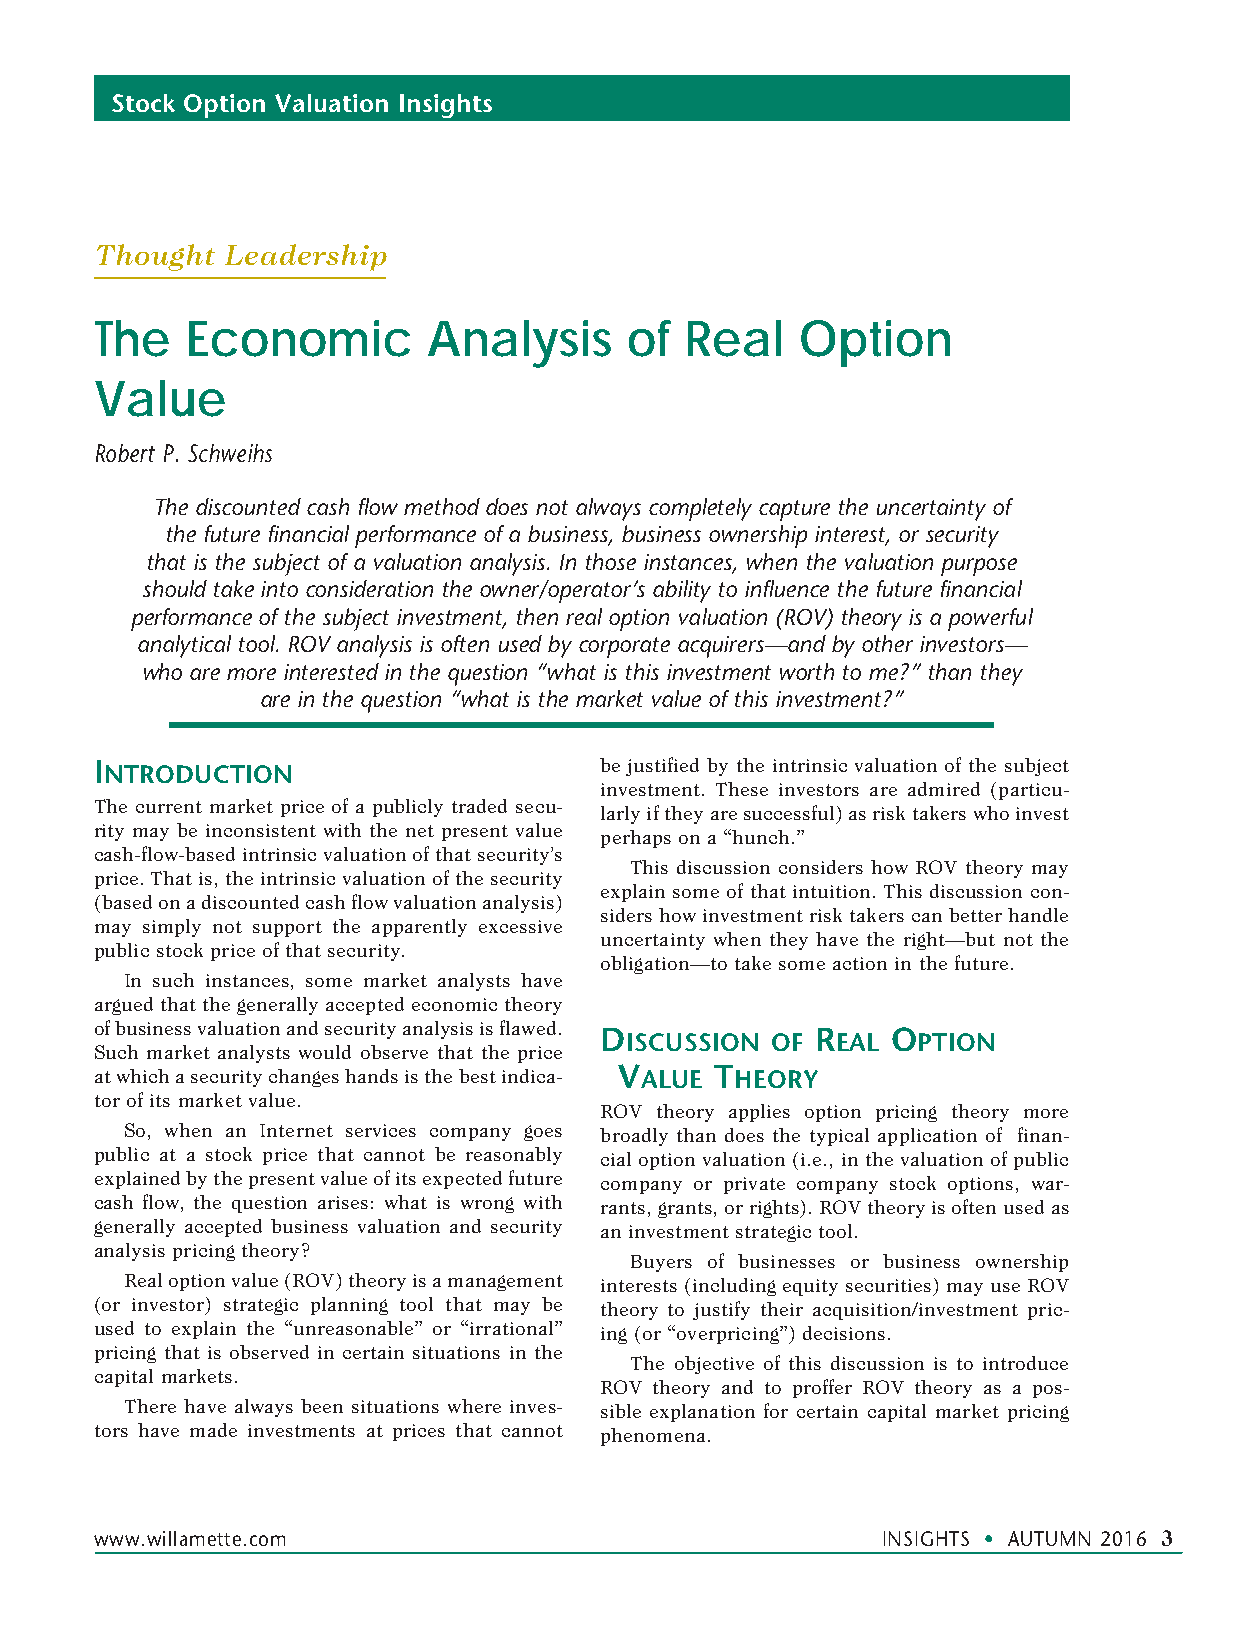
Stock Option Valuation Insights
 Thought  Leadership
 The   Economic        Analysis      of Real    Option
 Value
 Robert P. Schweihs
 The discounted cash flow method does not always completely capture the uncertainty of
 the future financial performance of a business, business ownership interest, or security
 that is the subject of a valuation analysis. In those instances, when the valuation purpose
 should take into consideration the owner/operator’s ability to influence the future financial
 performance of the subject investment, then real option valuation (ROV) theory is a powerful
 analytical tool. ROV analysis is often used by corporate acquirers—and by other investors—
 who are more interested in the question “what is this investment worth to me?” than they
 are in the question “what is the market value of this investment?”
 inTroducTion                      be justified by the intrinsic valuation of the subject
 investment. These investors are admired (particu-
 The current market price of a publicly traded secu-
 larly if they are successful) as risk takers who invest
 rity may be inconsistent with the net present value
 perhaps on a “hunch.”
 cash-flow-based intrinsic valuation of that security’s
 This discussion considers how ROV theory may
 price. That is, the intrinsic valuation of the security
 explain some of that intuition. This discussion con-
 (based on a discounted cash flow valuation analysis)
 siders how investment risk takers can better handle
 may simply not support the apparently excessive
 uncertainty when they have the right—but not the
 public stock price of that security.
 obligation—to take some action in the future.
 In such instances, some market analysts have
 argued that the generally accepted economic theory
 of business valuation and security analysis is flawed.
 discussion of reaL opTion
 Such market analysts would observe that the price
 at which a security changes hands is the best indica- VaLue Theory
 tor of its market value.
 ROV theory applies option pricing theory more
 So, when an Internet services company goes broadly than does the typical application of finan-
 public at a stock price that cannot be reasonably cial option valuation (i.e., in the valuation of public
 explained by the present value of its expected future company or private company stock options, war-
 cash flow, the question arises: what is wrong with rants, grants, or rights). ROV theory is often used as
 generally accepted business valuation and security an investment strategic tool.
 analysis pricing theory?
 Buyers of businesses or business ownership
 Real option value (ROV) theory is a management interests (including equity securities) may use ROV
 (or investor) strategic planning tool that may be theory to justify their acquisition/investment pric-
 used to explain the “unreasonable” or “irrational” ing (or “overpricing”) decisions.
 pricing that is observed in certain situations in the
 The objective of this discussion is to introduce
 capital markets.
 ROV theory and to proffer ROV theory as a pos-
 There have always been situations where inves- sible explanation for certain capital market pricing
 tors have made investments at prices that cannot phenomena.
 www .willamette .com                                INSIGHTS • AUTUMN 2016 3